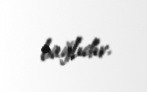
bağlıdır.